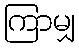
ကြာမျှ